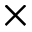
\times